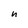
Character: n